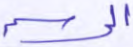
الرسم